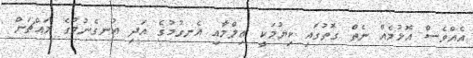
އެއްވެސް އޮޅުމެއް ނެތް ގޮތުގައި ކިޔުމަކީ ޢިލްމާއި އެނގުމުގެ އަދި އުނގެނުމުގެ މައްޗަށް